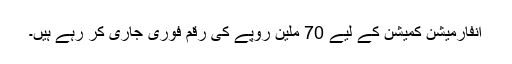
انفارمیشن کمیشن کے لیے 70 ملین روپے کی رقم فوری جاری کر رہے ہیں۔